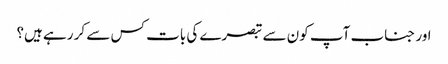
اور جناب آپ کون سے تبصرے کی بات کس سے کر رہے ہیں؟